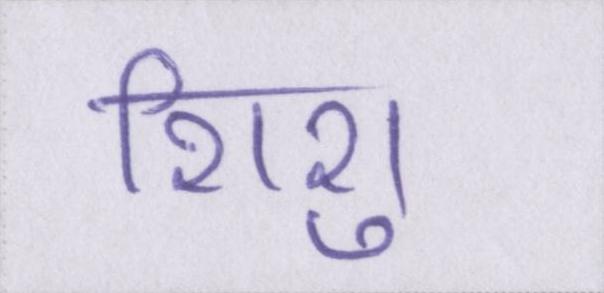
शिशु